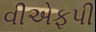
વીએફપી